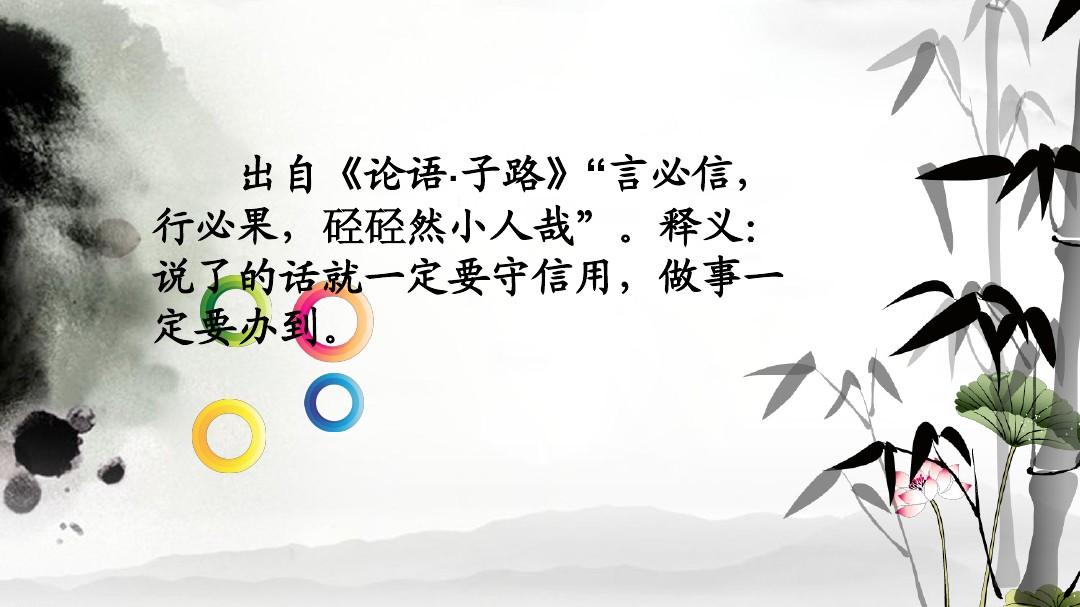
言必信，行必果。